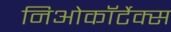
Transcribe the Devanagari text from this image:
निओकॉर्टेक्स